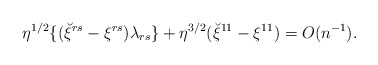
\begin{align*}\eta^{1/2}\{(\breve\xi^{rs}-\xi^{rs})\lambda_{rs}\}+\eta^{3/2}(\breve\xi^{11}-\xi^{11})=O(n^{-1}).\end{align*}